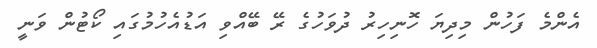
އެންމެ ފަހުން މިދިޔަ ހޮނިހިރު ދުވަހުގެ ރޭ ބޭއްވި އަޑުއެހުމުގައި ކޯޓުން ވަނީ